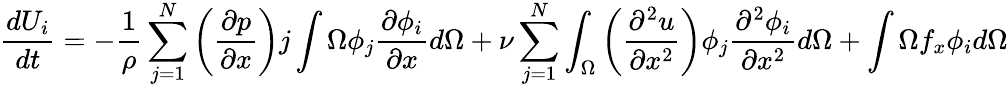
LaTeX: {\frac{dU_{i}}{dt}}=-{\frac{1}{\rho}}\sum_{j=1}^{N}\left({\frac{\partial p}{\partial x}}\right)j\int{\Omega}\phi_{j}{\frac{\partial\phi_{i}}{\partial x}}d\Omega+\nu\sum_{j=1}^{N}\int_{\Omega}\left({\frac{\partial^{2}u}{\partial x^{2}}}\right)\phi_{j}{\frac{\partial^{2}\phi_{i}}{\partial x^{2}}}d\Omega+\int{\Omega}f_{x}\phi_{i}d\Omega